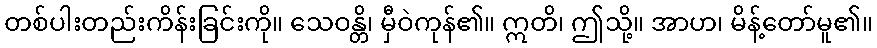
တစ်ပါးတည်းကိန်းခြင်းကို။ သေဝန္တိ၊ မှီဝဲကုန်၏။ ဣတိ၊ ဤသို့။ အာဟ၊ မိန့်တော်မူ၏။